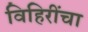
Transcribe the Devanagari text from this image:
विहिरींचा